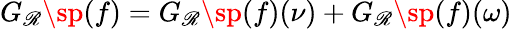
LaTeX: G_{\mathscr{R}}\sp{(f)}=G_{\mathscr{R}}\sp{(f)}(\nu)+G_{\mathscr{R}}\sp{(f)}(\omega)